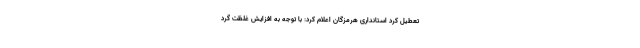
تعطیل کرد استانداری هرمزگان اعلام کرد: با توجه به افزایش غلظت گرد